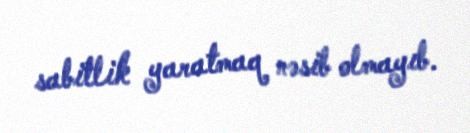
sabitlik yaratmaq nəsib olmayıb.